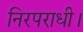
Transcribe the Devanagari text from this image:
निरपराधी।